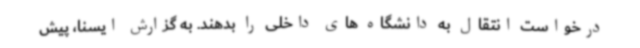
درخواست انتقال به دانشگاه های داخلی را بدهند. به گزارش ایسنا، پیش